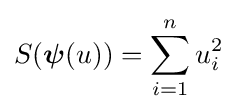
S({\boldsymbol {\psi }}(u))=\sum _{i=1}^{n}u_{i}^{2}